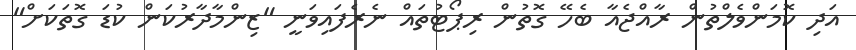
އަދި ކޮމަންވެލްތުން ރާއްޖެއާ ބެހޭ ގޮތުން ރިޕޯޓުތައް ނެރެފައިވަނީ "ޒިންމާދާރުކަން ކުޑަ ގޮތަކަށް"